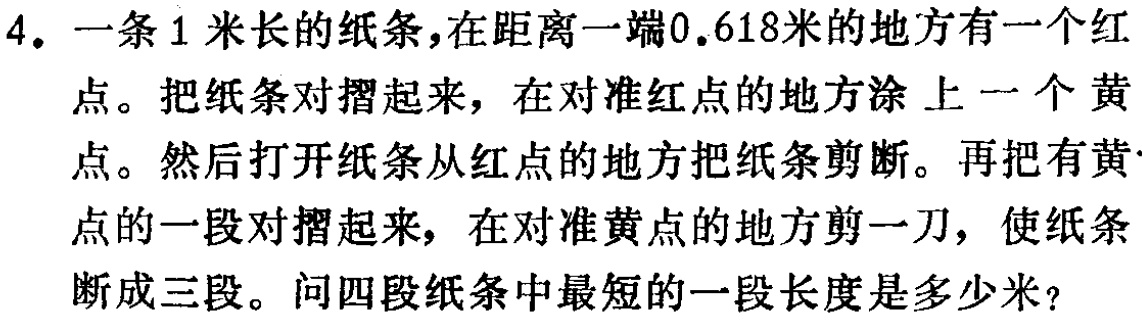
4. 一条1米长的纸条，在距离一端0.618米的地方有一个红点。把纸条对摺起来，在对准红点的地方涂上一个黄点。然后打开纸条从红点的地方把纸条剪断。再把有黄点的一段对摺起来，在对准黄点的地方剪一刀，使纸条断成三段。问四段纸条中最短的一段长度是多少米？